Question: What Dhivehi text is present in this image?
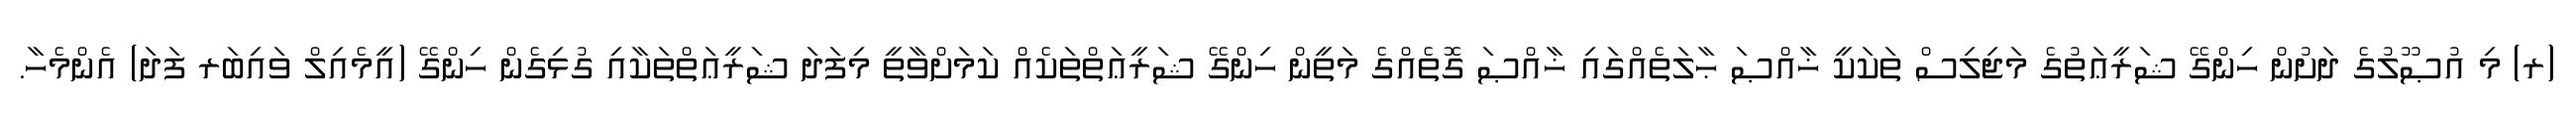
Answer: (ރ) މި އުޞޫލުގެ ދަށުން ހިންގޭ ޝަރީޢަތުގެ މަޖިލިސް ތަކަކީ ޚާއްޞަ ޙާލަތެއްގައި ޚާއްޞަ ގޮތެއްގެ މަތީން ހިންގޭ ޝަރީޢަތްތަކެއް ކަމަށްވާތީ މިފަދަ ޝަރީޢަތްތަކާއި ގުޅިގެން ހިންގޭ (އީމެއިލް ވައިބަރ ފަދަ) އެންމެހާ.